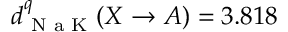
d _ { \textrm { N a K } } ^ { q } ( X \to A ) = 3 . 8 1 8